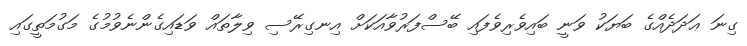
ގިނަ ޢަދަދެއްގެ ބަޔަކު ވަނީ ބައިވެރިވެފައި ބޭސްފަރުވާއަކަށް އިނގިރޭސި ވިލާތައް ވަޑައިގެންނެވުމުގެ މަގުމަތީގައި